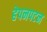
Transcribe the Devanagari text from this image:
हेपनपटन